Civil Veterinary Department. United Provinces 1932-42 - 1932-1942
Year: 1932
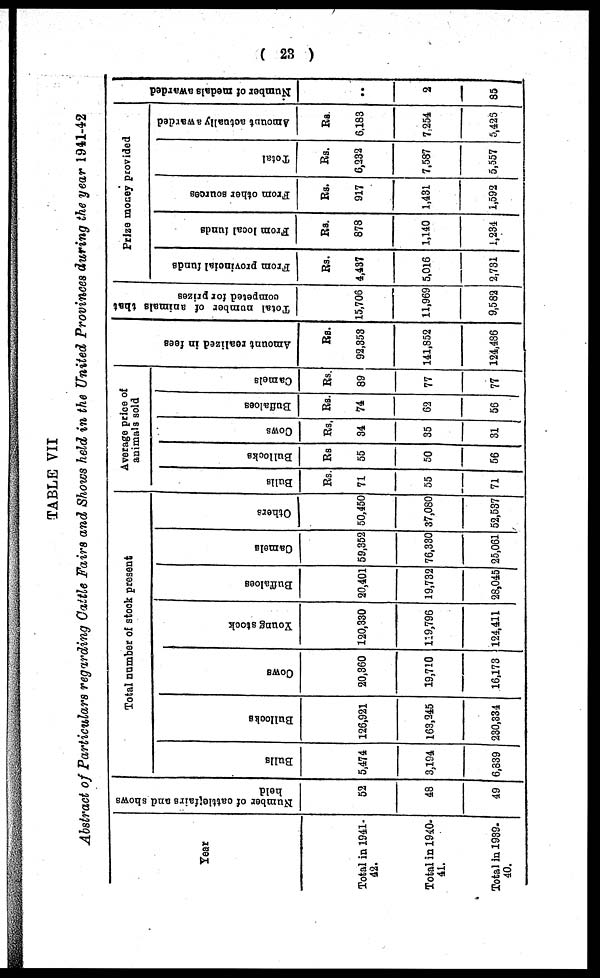
( 23 )
TABLE VII
Abstract of Particulars regarding Cattle Fairs and Shows held in the United Provinces during the year 1941-42
Year
Total in 1941-
42.
Total in 1940-
41.
Total in 1939-
40.
Number of cattleffairs and shows
held
52
48
49
Total number of stock present
Bulls
5,474
3,194
6,839
Bullocks
126,921
163,245
230,334
Cows
20,360
19,710
16,173
Young stock
120,330
119,796
124,411
Buffaloes
20,401
19,732
28,045
Camels
59,352
76,330
25,061
Others
50,450
37,080
52,537
Average price of
animals sold
Bulla
Rs.
71
55
71
Bullocks
Rs
55
50
56
Cows
Rs.
34
35
31
Buffaloes
Rs.
74
62
56
Camels
Rs.
89
77
77
Amo u n t r e a l i z e d in fees
Rs.
92,353
141,852
124,486
Total number
of animals that
competed lor prizes
15,706
11,969
9,582
Prize money provided
From provincial funds
Rs.
4,437
5,016
2,731
From local funds
Rs.
878
1,140
1,234
From other sources
Rs.
917
1,431
1,592
Total
Rs.
6,232
7,587
5,557
Amount actually awarded
Rs
6,183
7,254
5,425
Number of medals a
..
2
85